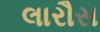
લારૌસ